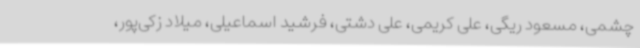
چشمی، مسعود ریگی، علی کریمی، علی دشتی، فرشید اسماعیلی، میلاد زکی‌پور،